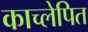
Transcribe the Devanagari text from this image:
काच्लेपित